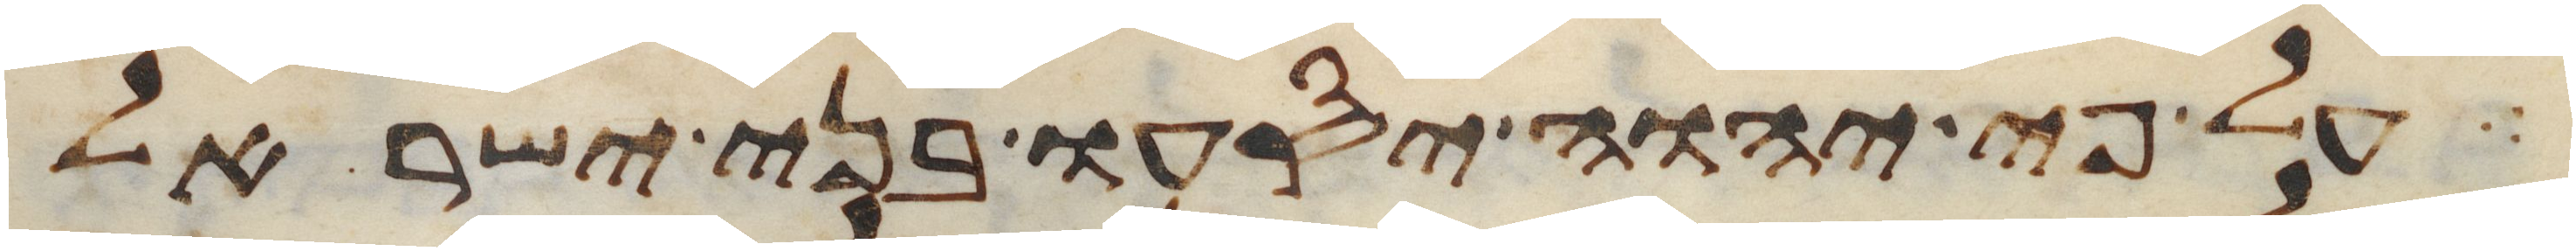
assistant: על פי יהוה יסעו בני ישראל